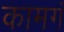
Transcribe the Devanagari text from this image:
कामगं